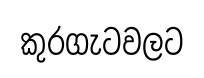
කුරගැටවලට